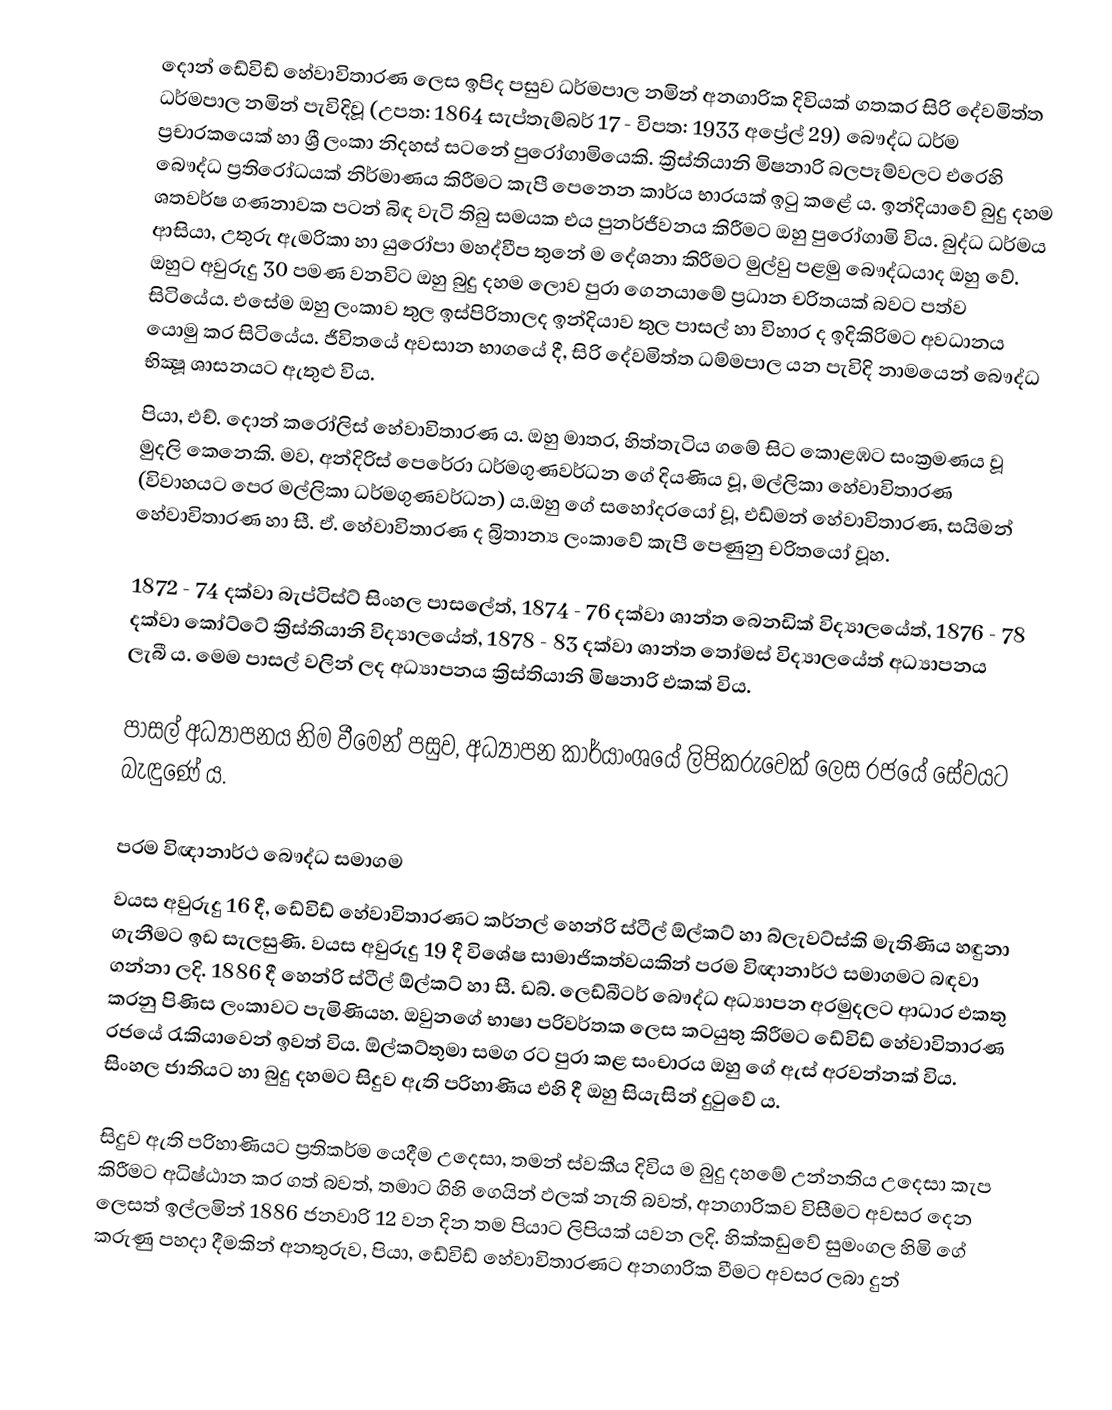
දොන් ඩේවිඩ් හේවාවිතාරණ ලෙස ඉපිද පසුව ධර්මපාල නමින් අනගාරික දිවියක් ගතකර සිරි  දේවමිත්ත ධර්මපාල නමින් පැවිදිවූ (උපත: 1864 සැප්තැම්බර් 17 - විපත: 1933 අප්‍රේල් 29)   බෞද්ධ ධර්ම ප්‍රචාරකයෙක් හා ශ්‍රී ලංකා නිදහස් සටනේ පුරෝගාමියෙකි. ක්‍රිස්තියානි මිෂනාරි බලපෑම්වලට එරෙහි බෞද්ධ ප්‍රතිරෝධයක් නිර්මාණය කිරීමට කැපී පෙනෙන කාර්ය භාරයක් ඉටු කළේ ය​. ඉන්දියාවේ බුදු දහම ශතවර්ෂ ගණනාවක පටන් බිඳ​ වැටි තිබු සමයක එය පුනර්ජීවනය කිරීමට ඔහු පුරෝගාමි විය. බුද්ධ ධර්මය ආසියා, උතුරු ඇමරිකා හා යුරෝපා මහද්වීප තුනේ ම දේශනා කිරීමට මුල්වු පළමු බෞද්ධයාද ඔහු වේ. ඔහුට අවුරුදු 30 පමණ වනවිට ඔහු බුදු දහම ලොව පුරා ගෙනයාමේ ප්‍රධාන චරිතයක් බවට පත්ව සිටියේය. එසේම ඔහු ලංකාව තුල ඉස්පිරිතාලද ඉන්දියාව තුල පාසල් හා විහාර ද ඉදිකිරිමට අවධානය යොමු කර සිටියේය. ජීවිතයේ අවසාන භාගයේ දී, සිරි දේවමිත්ත ධම්මපාල යන පැවිදි නාමයෙන් බෞද්ධ භික්‍ෂූ ශාසනයට ඇතුළු විය​.
පියා, එච්. දොන් කරෝලිස් හේවාවිතාරණ​ ය​. ඔහු මාතර, හිත්තැටිය ගමේ සිට කොළඹට සංක්‍රමණය වූ මුදලි කෙනෙකි. මව​, අන්දිරිස් පෙරේරා ධර්මගුණවර්ධන ගේ දියණිය වූ, මල්ලිකා හේවාවිතාරණ (විවාහයට පෙර මල්ලිකා ධර්මගුණවර්ධන​) ය​.ඔහු ගේ සහෝදරයෝ වූ, එඩ්මන් හේවාවිතාරණ​, සයිමන් හේවාවිතාරණ හා සී. ඒ. හේවාවිතාරණ ද බ්‍රිතාන්‍ය ලංකාවේ කැපී පෙණුනු චරිතයෝ වූහ​.

1872 - 74 දක්වා බැප්ටිස්ට් සිංහල පාසලේත්, 1874 - 76 දක්වා ශාන්ත බෙනඩික් විද්‍යාලයේත්, 1876 - 78 දක්වා කෝට්ටේ ක්‍රිස්තියානි විද්‍යාලයේත්, 1878 - 83 දක්වා ශාන්ත තෝමස් විද්‍යාලයේත් අධ්‍යාපනය ලැබී ය​. මෙම පාසල් වලින් ලද අධ්‍යාපනය ක්‍රිස්තියානි මිෂනාරි එකක් විය​.

පාසල් අධ්‍යාපනය නිම වීමෙන් පසුව, අධ්‍යාපන කාර්යාංශයේ ලිපිකරුවෙක් ලෙස රජයේ සේවයට බැඳුණේ ය​.

පරම විඥානාර්ථ බෞද්ධ සමාගම​
වයස අවුරුදු 16 දී, ඩේවිඩ් හේවාවිතාරණට කර්නල් හෙන්රි ස්ටීල් ඕල්කට් හා බ්ලැවට්ස්කි මැතිණිය හඳුනා ගැනීමට ඉඩ සැලසුණි. වයස අවුරුදු 19 දී විශේෂ සාමාජිකත්වයකින් පරම විඥානාර්ථ සමාගමට බඳවා ගන්නා ලදි. 1886 දී  හෙන්රි ස්ටීල් ඕල්කට් හා සී. ඩබ්. ලෙඩ්බීටර් බෞද්ධ අධ්‍යාපන අරමුදලට ආධාර එකතු කරනු පිණිස ලංකාවට පැමිණියහ​. ඔවුනගේ භාෂා පරිවර්තක ලෙස කටයුතු කිරීමට ඩේවිඩ් හේවාවිතාරණ රජයේ රැකියාවෙන් ඉවත් විය​. ඕල්කට්තුමා සමග රට පුරා කළ සංචාරය ඔහු ගේ ඇස් අරවන්නක් විය​. සිංහල ජාතියට හා බුදු දහමට​ සිදුව ඇති පරිහාණිය එහි දී ඔහු සියැසින් දුටුවේ ය​.

සිදුව ඇති පරිහාණියට ප්‍රතිකර්ම යෙදීම උදෙසා, තමන් ස්වකීය දිවිය ම බුදු දහමේ උන්නතිය උදෙසා කැප කිරීමට අධිෂ්ඨාන කර ගත් බවත්, තමාට ගිහි ගෙයින් ඵලක් නැති බවත්, අනගාරිකව විසීමට අවසර දෙන ලෙසත් ඉල්ලමින් 1886 ජනවාරි 12 වන දින තම පියාට ලිපියක් යවන ලදි. හික්කඩුවේ සුමංගල හිමි ගේ කරුණු පහදා දීමකින් අනතුරුව, පියා, ඩේවිඩ් හේවාවිතාරණට අනගාරික වීමට අවසර ලබා දුන්